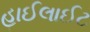
હાઈલાઈટ